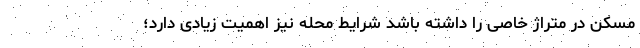
مسکن در متراژ خاصی را داشته باشد شرایط محله نیز اهمیت زیادی دارد؛